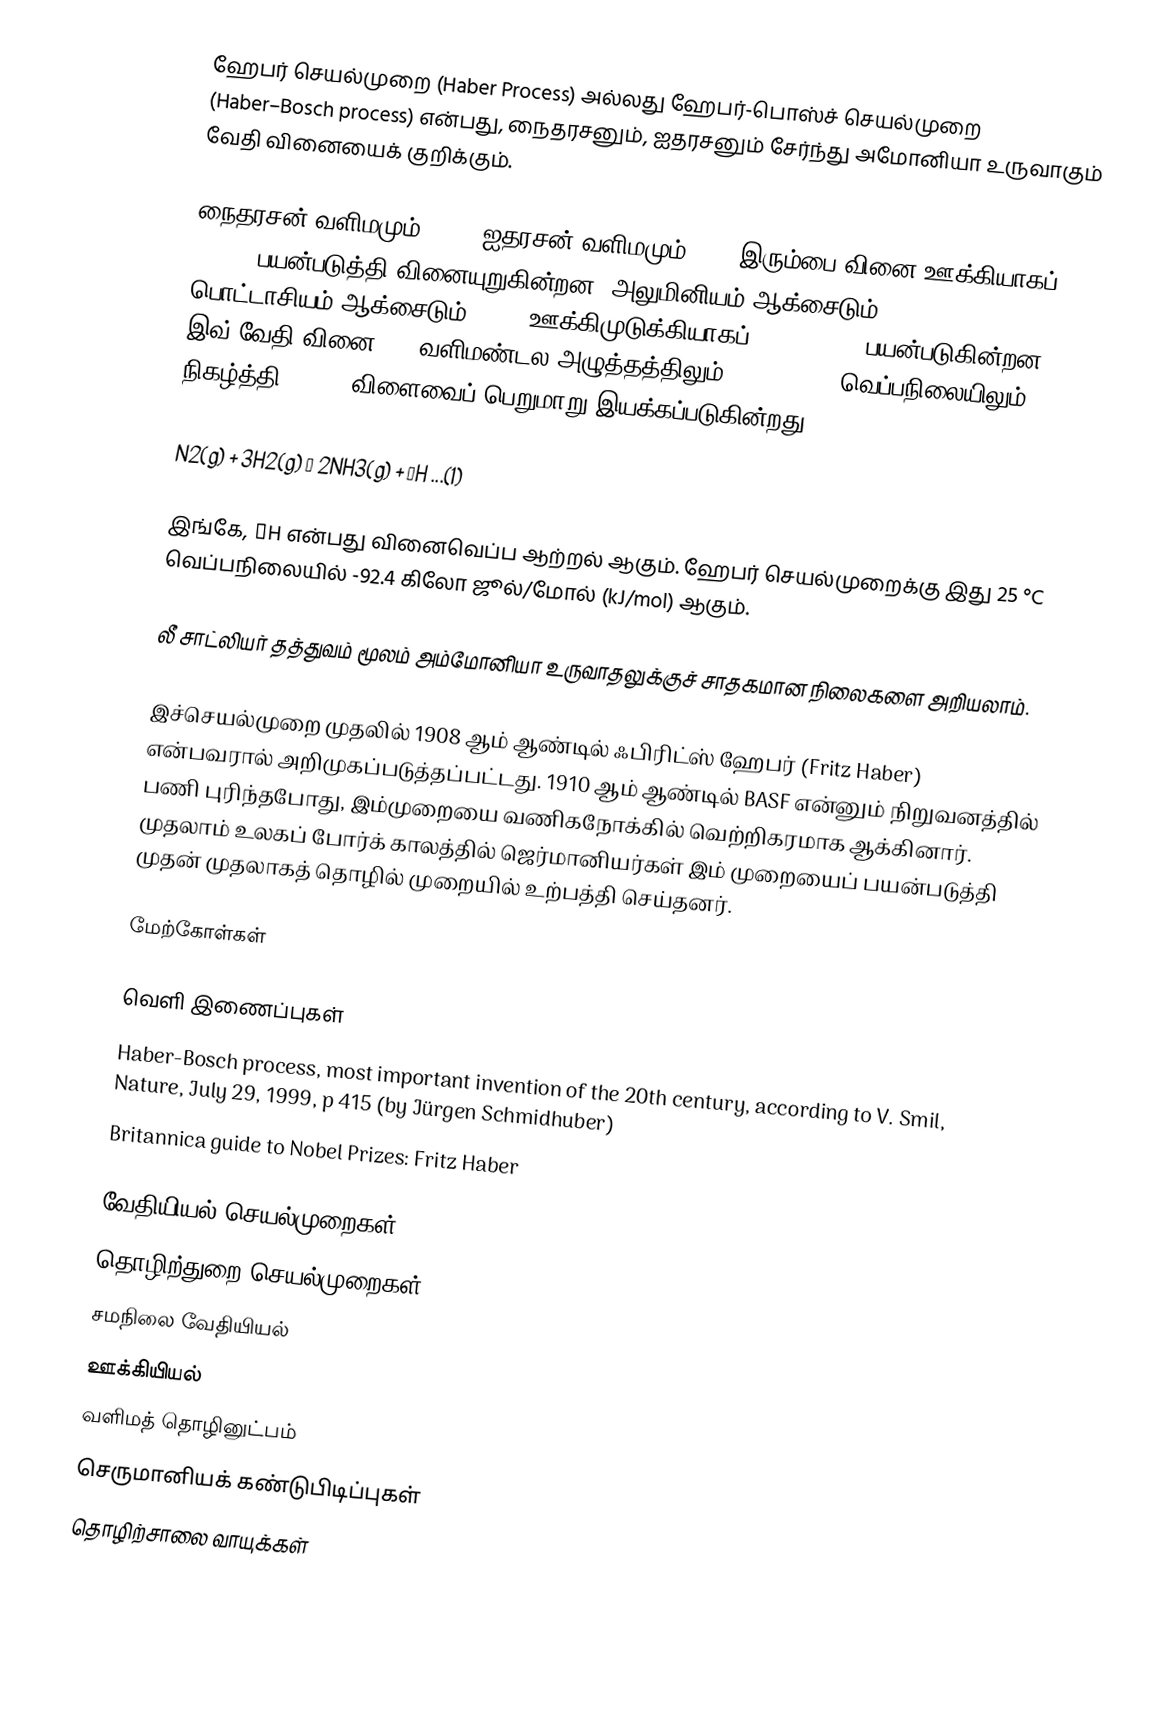
ஹேபர் செயல்முறை (Haber Process) அல்லது ஹேபர்-பொஸ்ச் செயல்முறை (Haber–Bosch process) என்பது, நைதரசனும், ஐதரசனும் சேர்ந்து அமோனியா உருவாகும் வேதி வினையைக் குறிக்கும்.

நைதரசன் வளிமமும் (N2), ஐதரசன் வளிமமும் (H2) இரும்பை வினை ஊக்கியாகப் (Fe3+) பயன்படுத்தி வினையுறுகின்றன. அலுமினியம் ஆக்சைடும் (Al2O3), பொட்டாசியம் ஆக்சைடும் (K2O) ஊக்கிமுடுக்கியாகப் (promoters) பயன்படுகின்றன. இவ் வேதி வினை 250 வளிமண்டல அழுத்தத்திலும், 450-500 °C வெப்பநிலையிலும் நிகழ்த்தி 10-20% விளைவைப் பெறுமாறு இயக்கப்படுகின்றது.

N2(g) + 3H2(g) → 2NH3(g) + ΔH ...(1)

இங்கே, ΔH என்பது வினைவெப்ப ஆற்றல் ஆகும். ஹேபர் செயல்முறைக்கு இது 25 °C வெப்பநிலையில் -92.4 கிலோ ஜூல்/மோல் (kJ/mol) ஆகும்.

லீ சாட்லியர் தத்துவம் மூலம் அம்மோனியா உருவாதலுக்குச் சாதகமான நிலைகளை அறியலாம்.

இச்செயல்முறை முதலில் 1908 ஆம் ஆண்டில் ஃபிரிட்ஸ் ஹேபர் (Fritz Haber) என்பவரால் அறிமுகப்படுத்தப்பட்டது. 1910 ஆம் ஆண்டில் BASF என்னும் நிறுவனத்தில் பணி புரிந்தபோது, இம்முறையை வணிகநோக்கில் வெற்றிகரமாக ஆக்கினார். முதலாம் உலகப் போர்க் காலத்தில் ஜெர்மானியர்கள் இம் முறையைப் பயன்படுத்தி முதன் முதலாகத் தொழில் முறையில் உற்பத்தி செய்தனர்.

மேற்கோள்கள்

வெளி இணைப்புகள்
Haber-Bosch process, most important invention of the 20th century, according to V. Smil, Nature, July 29, 1999, p 415 (by Jürgen Schmidhuber)
Britannica guide to Nobel Prizes: Fritz Haber

வேதியியல் செயல்முறைகள்
தொழிற்துறை செயல்முறைகள்
சமநிலை வேதியியல்
ஊக்கியியல்
வளிமத் தொழினுட்பம்
செருமானியக் கண்டுபிடிப்புகள்
தொழிற்சாலை வாயுக்கள்